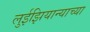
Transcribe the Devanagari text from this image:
लुईझियान्याच्या